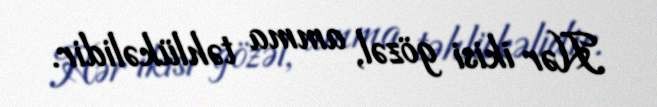
Hər ikisi gözəl, amma təhlükəlidir.